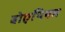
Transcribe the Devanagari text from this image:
बोएथियम